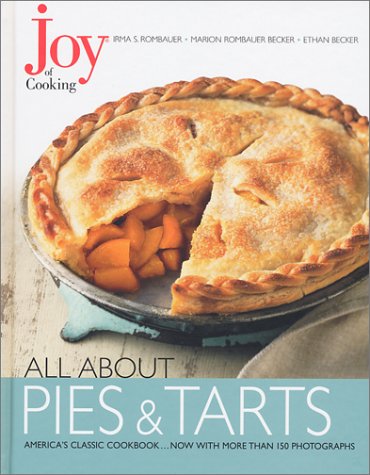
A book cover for Joy of Cooking: All About Pies and Tarts; Irma S. Rombauer; Cookbooks, Food & Wine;